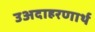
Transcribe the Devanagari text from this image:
उअदाहरणार्थ